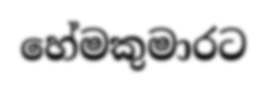
හේමකුමාරට